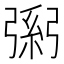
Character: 𢐐